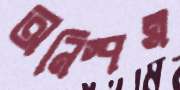
অনিস্পন্ন